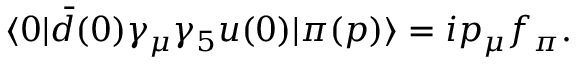
\langle 0 | \bar { d } ( 0 ) \gamma _ { \mu } \gamma _ { 5 } u ( 0 ) | \pi ( p ) \rangle = i p _ { \mu } f _ { \pi } .